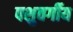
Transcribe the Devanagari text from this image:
पशुवर्गीय